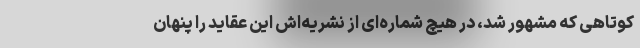
کوتاهی که مشهور شد، در هیچ شماره‌ای از نشریه‌‌اش این عقاید را پنهان